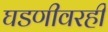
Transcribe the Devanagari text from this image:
घडणीवरही